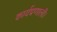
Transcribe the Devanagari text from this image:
कार्यप्रणाली।